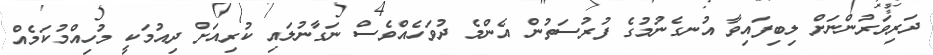
ދަރިވަރުންނަށް ލިބިފައިވާ އުނގެނުމުގެ ފުރުސަތުން އެންމެ ދުވަހެއްވެސް ނަގާނުލައި ކުރިއަށް ދިއުމަކީ މުހިއްމުކަމެއް